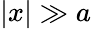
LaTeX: |x|\gg a